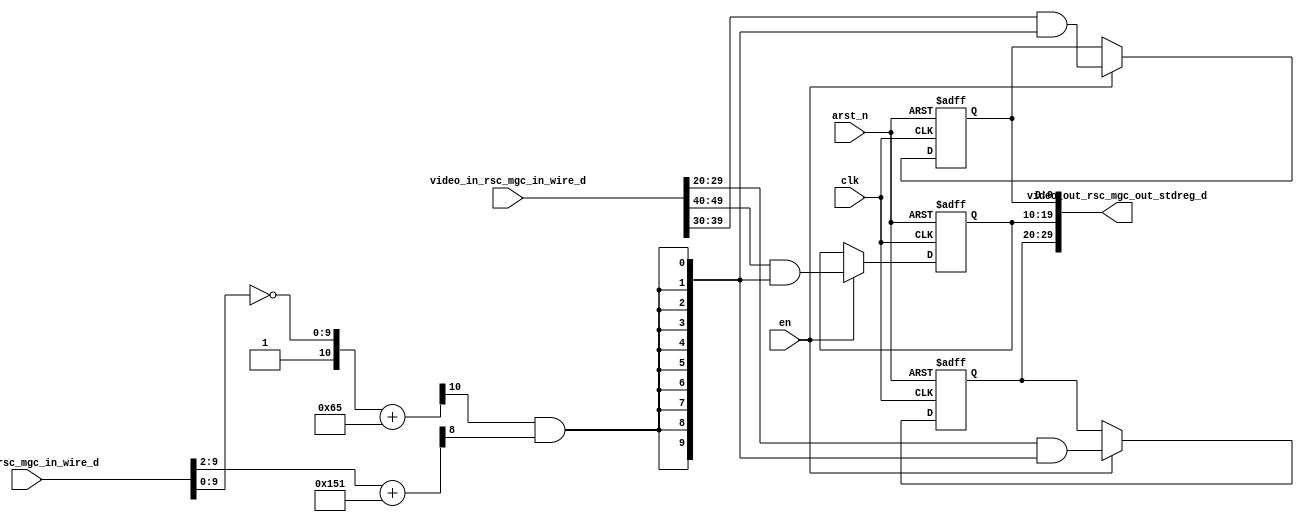
module static_anaglyph_core (
  clk, en, arst_n, vga_xy_rsc_mgc_in_wire_d, video_in_rsc_mgc_in_wire_d, video_out_rsc_mgc_out_stdreg_d
);
  input clk;
  input en;
  input arst_n;
  input [19:0] vga_xy_rsc_mgc_in_wire_d;
  input [59:0] video_in_rsc_mgc_in_wire_d;
  output [29:0] video_out_rsc_mgc_out_stdreg_d;


  // Interconnect Declarations
  reg [9:0] reg_video_out_rsc_mgc_out_stdreg_d_tmp;
  reg [9:0] reg_video_out_rsc_mgc_out_stdreg_d_tmp_1;
  reg [9:0] reg_video_out_rsc_mgc_out_stdreg_d_tmp_2;
  wire and_3_itm;


  // Interconnect Declarations for Component Instantiations 
  assign video_out_rsc_mgc_out_stdreg_d = {reg_video_out_rsc_mgc_out_stdreg_d_tmp
      , reg_video_out_rsc_mgc_out_stdreg_d_tmp_1 , reg_video_out_rsc_mgc_out_stdreg_d_tmp_2};
  assign and_3_itm = (readslicef_11_1_10((({1'b1 , (~ (vga_xy_rsc_mgc_in_wire_d[9:0]))})
      + 11'b1100101))) & (readslicef_9_1_8((conv_u2u_8_9(vga_xy_rsc_mgc_in_wire_d[9:2])
      + 9'b101010001)));
  always @(posedge clk or negedge arst_n) begin
    if ( ~ arst_n ) begin
      reg_video_out_rsc_mgc_out_stdreg_d_tmp <= 10'b0;
      reg_video_out_rsc_mgc_out_stdreg_d_tmp_1 <= 10'b0;
      reg_video_out_rsc_mgc_out_stdreg_d_tmp_2 <= 10'b0;
    end
    else begin
      if ( en ) begin
        reg_video_out_rsc_mgc_out_stdreg_d_tmp <= (video_in_rsc_mgc_in_wire_d[29:20])
            & ({{9{and_3_itm}}, and_3_itm});
        reg_video_out_rsc_mgc_out_stdreg_d_tmp_1 <= (video_in_rsc_mgc_in_wire_d[49:40])
            & ({{9{and_3_itm}}, and_3_itm});
        reg_video_out_rsc_mgc_out_stdreg_d_tmp_2 <= (video_in_rsc_mgc_in_wire_d[39:30])
            & ({{9{and_3_itm}}, and_3_itm});
      end
    end
  end

  function [0:0] readslicef_11_1_10;
    input [10:0] vector;
    reg [10:0] tmp;
  begin
    tmp = vector >> 10;
    readslicef_11_1_10 = tmp[0:0];
  end
  endfunction


  function [0:0] readslicef_9_1_8;
    input [8:0] vector;
    reg [8:0] tmp;
  begin
    tmp = vector >> 8;
    readslicef_9_1_8 = tmp[0:0];
  end
  endfunction


  function  [8:0] conv_u2u_8_9 ;
    input [7:0]  vector ;
  begin
    conv_u2u_8_9 = {1'b0, vector};
  end
  endfunction

endmodule
module static_anaglyph (
  vga_xy_rsc_z, video_in_rsc_z, video_out_rsc_z, clk, en, arst_n
);
  input [19:0] vga_xy_rsc_z;
  input [59:0] video_in_rsc_z;
  output [29:0] video_out_rsc_z;
  input clk;
  input en;
  input arst_n;


  // Interconnect Declarations
  wire [19:0] vga_xy_rsc_mgc_in_wire_d;
  wire [59:0] video_in_rsc_mgc_in_wire_d;
  wire [29:0] video_out_rsc_mgc_out_stdreg_d;


  // Interconnect Declarations for Component Instantiations 
  mgc_in_wire #(.rscid(1),
  .width(20)) vga_xy_rsc_mgc_in_wire (
      .d(vga_xy_rsc_mgc_in_wire_d),
      .z(vga_xy_rsc_z)
    );
  mgc_in_wire #(.rscid(2),
  .width(60)) video_in_rsc_mgc_in_wire (
      .d(video_in_rsc_mgc_in_wire_d),
      .z(video_in_rsc_z)
    );
  mgc_out_stdreg #(.rscid(3),
  .width(30)) video_out_rsc_mgc_out_stdreg (
      .d(video_out_rsc_mgc_out_stdreg_d),
      .z(video_out_rsc_z)
    );
  static_anaglyph_core static_anaglyph_core_inst (
      .clk(clk),
      .en(en),
      .arst_n(arst_n),
      .vga_xy_rsc_mgc_in_wire_d(vga_xy_rsc_mgc_in_wire_d),
      .video_in_rsc_mgc_in_wire_d(video_in_rsc_mgc_in_wire_d),
      .video_out_rsc_mgc_out_stdreg_d(video_out_rsc_mgc_out_stdreg_d)
    );
endmodule